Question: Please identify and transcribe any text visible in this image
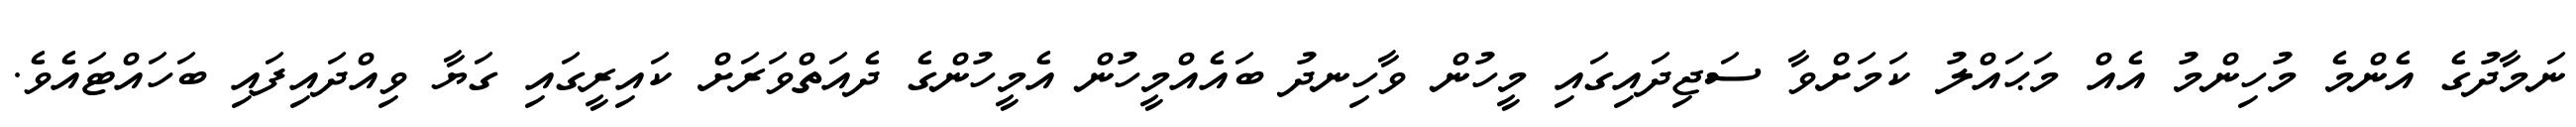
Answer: ނަމާދުގެ އެންމެ މުހިންމު އެއް މަޙައްލު ކަމަށްވާ ސަޖިދައިގައި މީހުން ވާހިނދު ބައެއްމީހުން އެމީހުންގެ ދެއަތްވަރަށް ކައިރީގައި ގަޔާ ވިއްދައިފައި ބަހައްޓައެވެ.